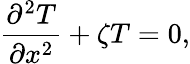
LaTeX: \frac{{{\partial^{2}}T}}{{\partial{x^{2}}}}+\zeta T=0,